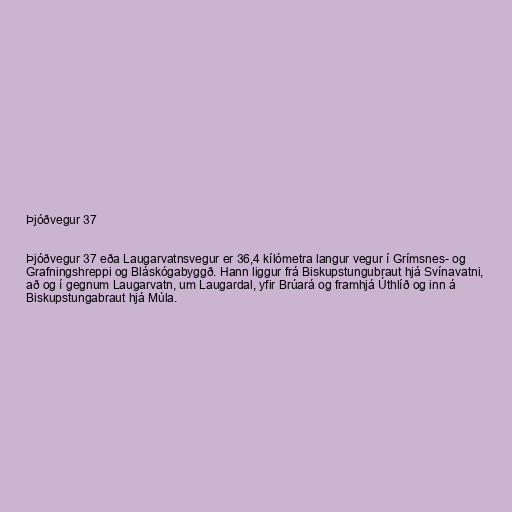
Þjóðvegur 37

Þjóðvegur 37 eða Laugarvatnsvegur er 36,4 kílómetra langur vegur í Grímsnes- og
Grafningshreppi og Bláskógabyggð. Hann liggur frá Biskupstungubraut hjá Svínavatni,
að og í gegnum Laugarvatn, um Laugardal, yfir Brúará og framhjá Úthlíð og inn á
Biskupstungabraut hjá Múla.